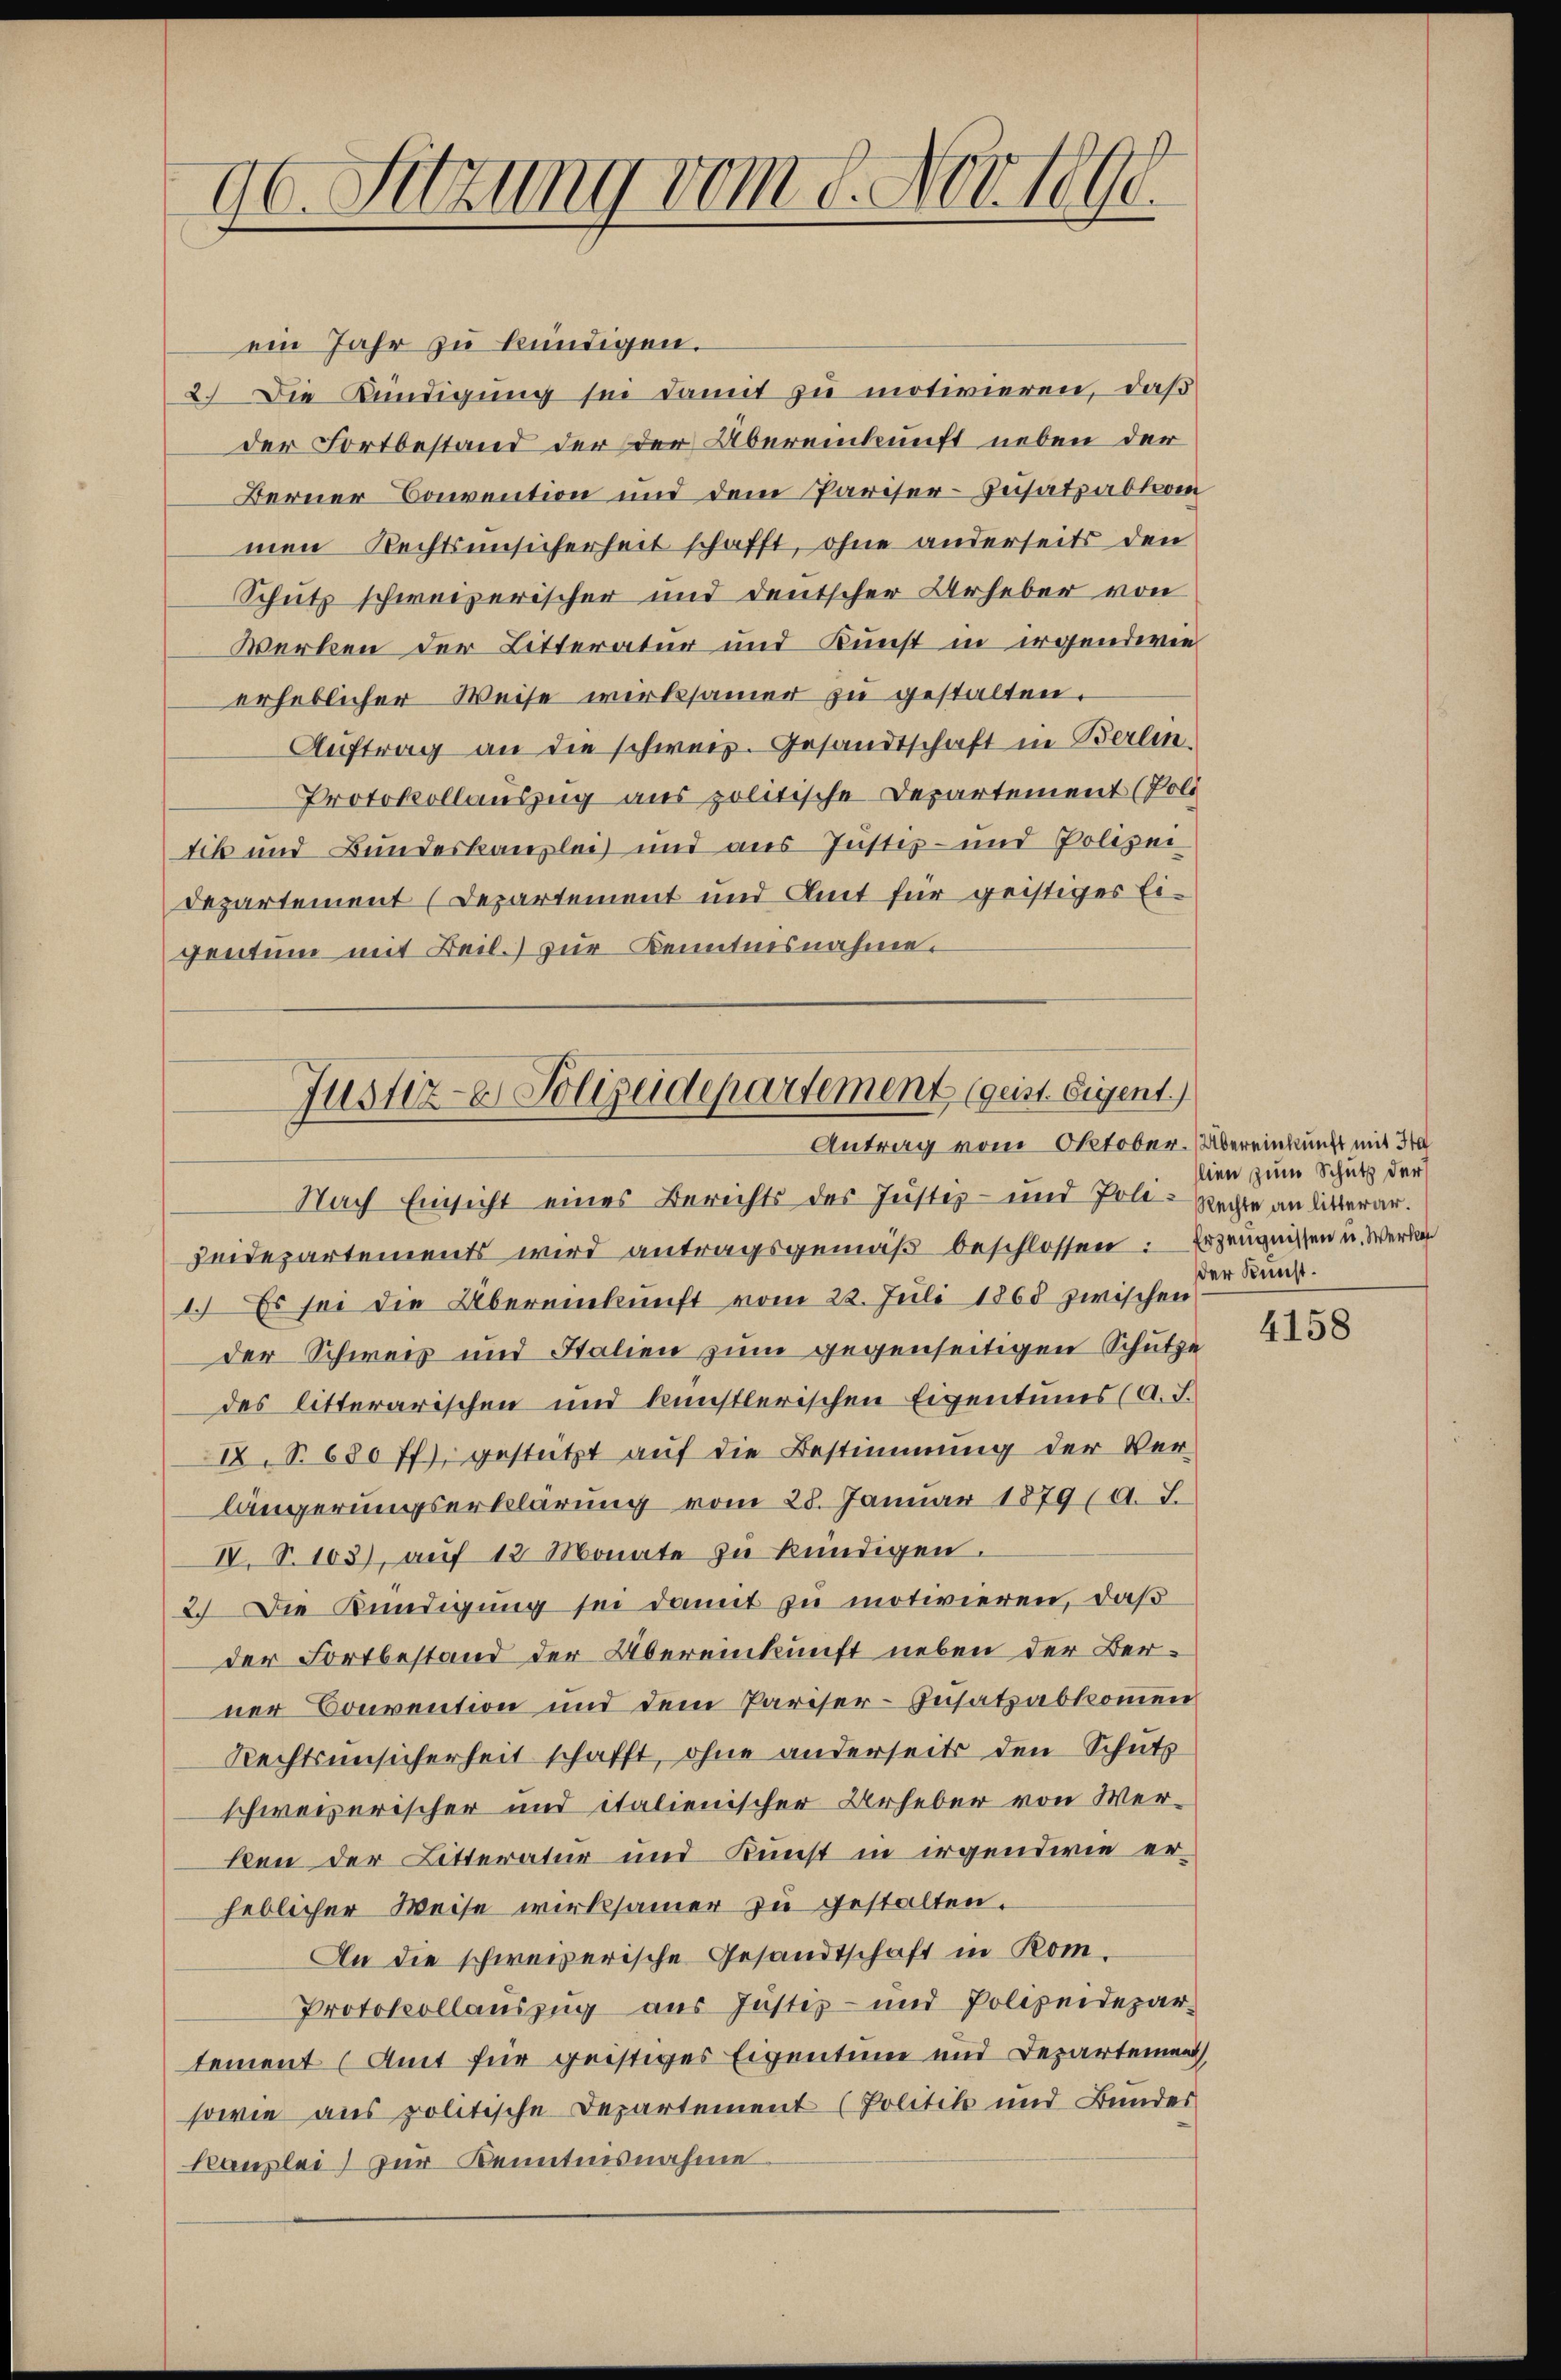
90. Sitzung vom 8. Nov. 1890.

ein Jahr zu kündigen.
2.) Die Kündigung sei damit zu motivieren, daß
der Fortbestand der der Übereinkunft neben der
Berner Convention und dem Pariser-Zusatzabkom
men Rechtsunsicherheit schafft, ohne anderseits den
Schutz schweizerischer und deutscher Urheber von
Werken der Litteratur und Kunst in irgendwie
erheblicher Weise wirksamer zu gestalten.
Auftrag an die schweiz. Gesandtschaft in Berlin
Protokollauszug aus politische Departement (Pold
tik und Bundeskanzlei und aus Justiz- und Polizei
Departement (Departement und Amt für geistiges Eigentum mit Beil. zur Kenntnisnahme.
Nach Einsicht eines Berichts des Justiz- und Poli-Rechte an litterar.
Heidepartements wird antragsgemäß beschlossen: Erzeugnissen u. Werken
1.) Es sei die Übereinkunft vom 22. Juli 1865 zwischen
der Schweis und Stalien zum gegenseitigen Schütze
des litterarischen und künstlerischen Eigentums (A. S.
IX. S. 680 ff.), gestützt auf die Bestimmung der Ver-
längerungserklärung vom 28. Januar 1879 (a. J.
IV.S. 103), aŭf 12 Monate zŭ kündigen.
2. Die Kündigung sei damit zu motivieren, daß
der Fortbestand der Übereinkunft neben der Berner Convention und dem Pariser-Zusatzabkommen
Rechtsunsicherheit schafft, ohne anderseits den Schuts
schweizerischer und italienischer Urheber von Werben der Litteratur und Kunst in irgendwie erheblicher Weise wirksamer zu gestalten.
An die schweizerische Gesandtschaft in Kom¬
Protokollauszug aus Justiz- und Polizeidepar-
tement (Amt für geistiges Eigentum und Departement
sowie aus politische Departement (Politik und Bundes
Kanzlei zur Kenntnisnahme

Justiz- & Polizeidepartement (geist Eigent
Antrag vom Oktober. Übereinkunft mit 3

lien zum Schutz der
der Kunst.

4158